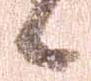
候